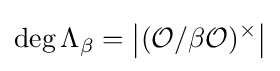
\operatorname {deg} \Lambda _{\beta }=\left|({\mathcal {O}}/\beta {\mathcal {O}})^{\times }\right|